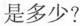
是多少?